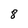
Character: 8